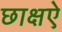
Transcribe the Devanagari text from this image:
छाक्षऐ